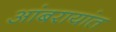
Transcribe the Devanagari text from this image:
आंबरायांत